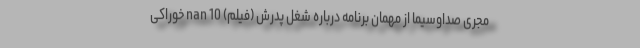
مجری صداوسیما از مهمان برنامه درباره شغل پدرش (فیلم) nan 10 خوراکی